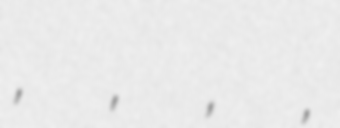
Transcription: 誠司, 誠次, 清二, 清治,